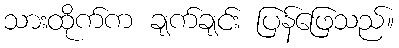
သားထိုက်က ချက်ချင်း ပြန်ဖြေသည်။